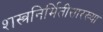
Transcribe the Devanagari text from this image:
शस्त्रनिर्मितीसारख्या